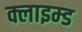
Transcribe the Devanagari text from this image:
क्लाइम्ड